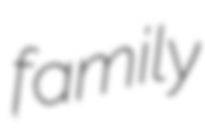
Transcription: family